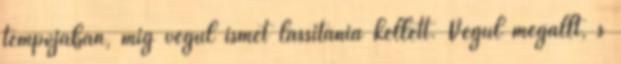
tempójában, míg végül ismét lassítania kellett. Végül megállt, s